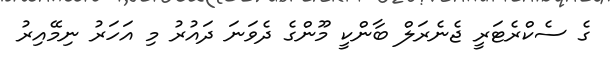
ގެ ސެކްރެޓަރީ ޖެނެރަލް ބާންކީ މޫންގެ ދެވަނަ ދައުރު މި އަހަރު ނިމޭއިރު